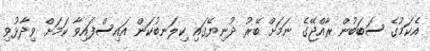
އެކަމުގެ ސަބަބުން ރާއްޖޭގެ ނަމަށް ބޭރު ދުނިޔޭގައި ކިލަނބުކަން އައިސްފައިވާ ކަމަށް ވިދާޅުވި